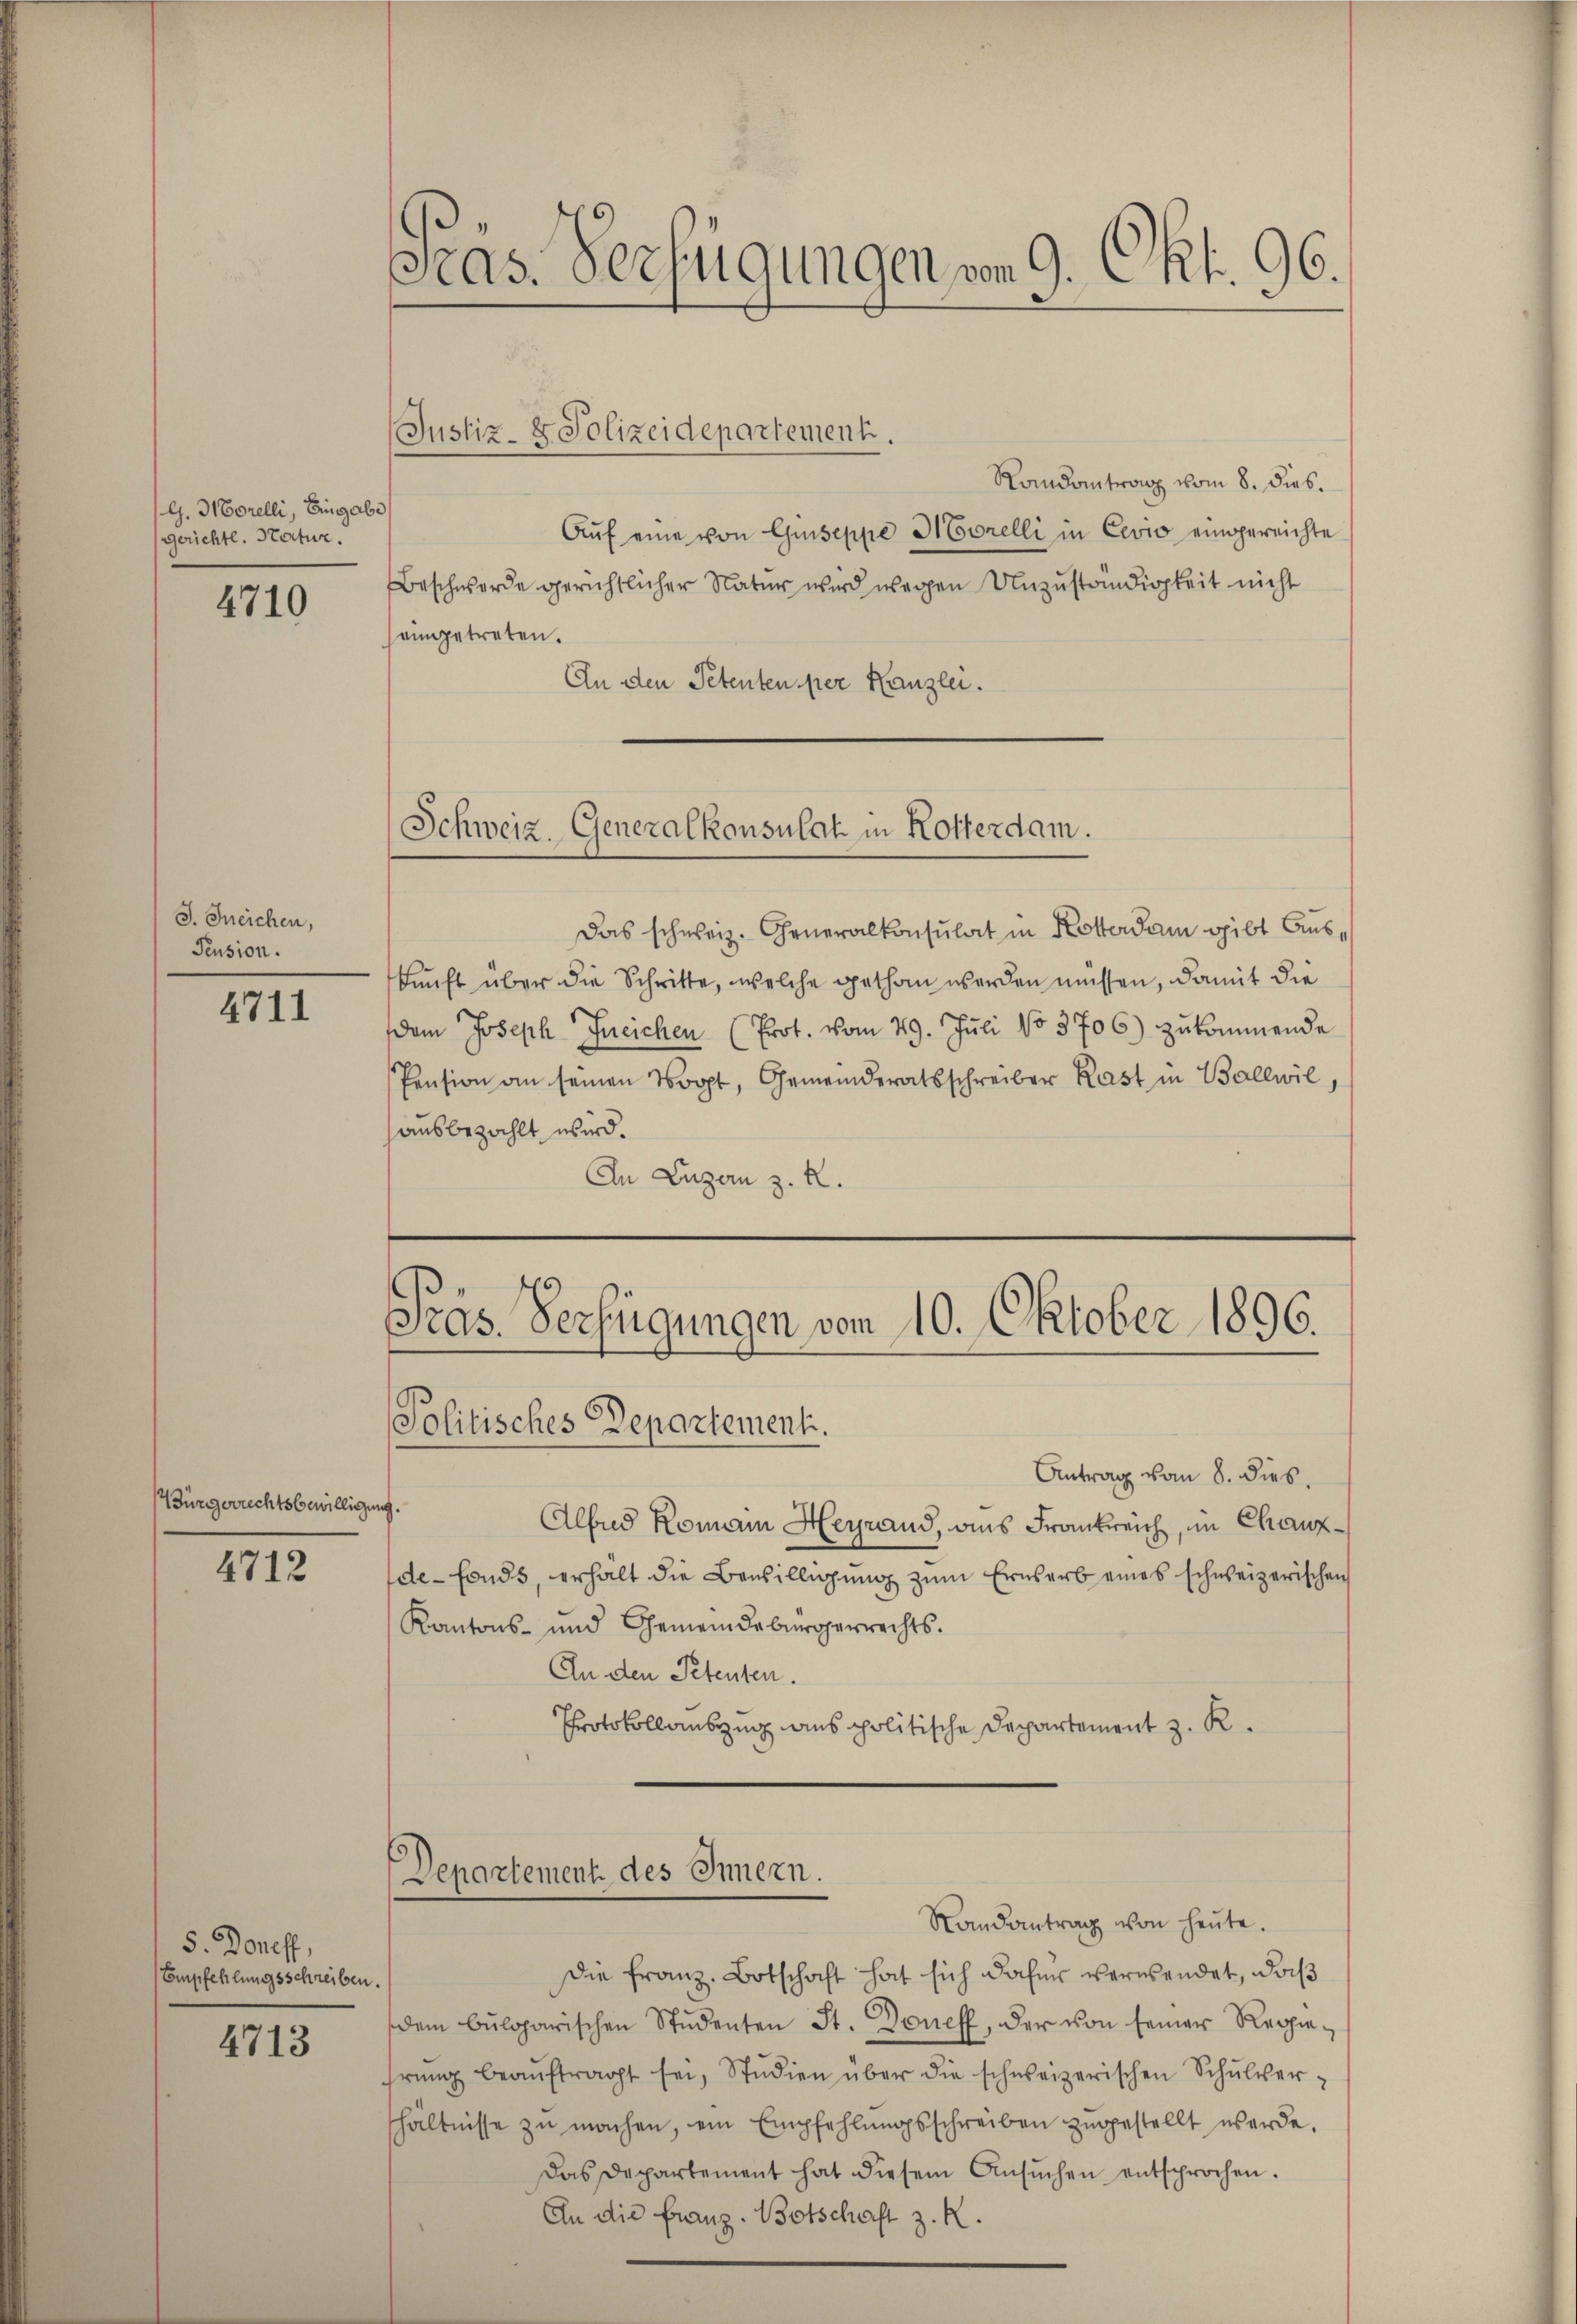
G. Morelli, Eingabe
gerichte. Natur.

4710

J. Ineichen,
Pension.

4711

7 Bürgerrechtsbewilligun

4712

5. Doneff,
Empfehlungsschreiben.

4713

Präs. Verfügungen vom 9. Okt. 96.

(Justiz- & Polizeidepartement.
Randantrag vom 8. dies.
Aŭf eine von Guseppe Morelli in Cevio eingereichte
Beschwerde gerichtlicher Natur wird wegen Unzuständigkeit nicht
eingetreten.
An den Petenten per Kanzlei.
Schweiz. Generalkonsulat in Rotterdam.
Das schweiz. Generalkonsulat in Kosterdam gibt Auskunft über die Schritte, welche gethan werden müssen, damit die
dem Joseph Ineichen (Prot. vom 29. Jŭli No 3706) zŭkommende
Pension an seinen Wort, Gemeinderatsschreiber Rast in Ballwil,
ausbezahlt wird.
An Luzern z. R.

Präs. Verfügungen vom 10. Oktober 1896.
Politisches Departementi.

Antrag vom 8. dies.
4.
Albad Romann Heyrand, aus Frankreich, im Chauzde-Fonds, erhalt die Bewilligŭng zŭm Erwerb eines schweizerischen
Kantons- und Gemeindebürgerrechts.
An den Petenten.
Protokollauszug aus politische Departement z. R.
Departement des Innern.
Randantrag von heŭte.
die Franz Botschaft hat sich dahin verwendet, daß
dem bulgarischen Studenten St. Goneff, der von seiner Regierŭng beaŭftragt sei, Studien über die schweizerischen Schulverhältnisse zŭ machen, ein Empfehlŭngsschreiben zugestellt werde.
Das Departement hat diesem Ansŭchen entsprochen.
An die Franz-Botschaft z. R.